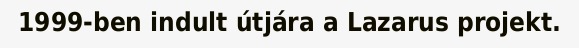
1999-ben indult útjára a Lazarus projekt.